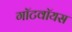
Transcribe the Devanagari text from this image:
गॉटवॉयस